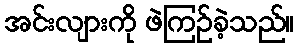
အင်းလျားကို ဖဲကြဉ်ခဲ့သည်။